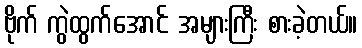
ဗိုက် ကွဲထွက်အောင် အများကြီး စားခဲ့တယ်။